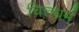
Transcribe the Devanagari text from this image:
चित्तधर्म